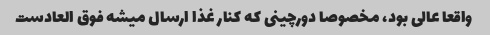
واقعا عالی بود، مخصوصا دورچینی که کنار غذا ارسال میشه فوق العادست